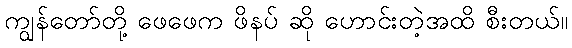
ကျွန်တော်တို့ ဖေဖေက ဖိနပ် ဆို ဟောင်းတဲ့အထိ စီးတယ်။